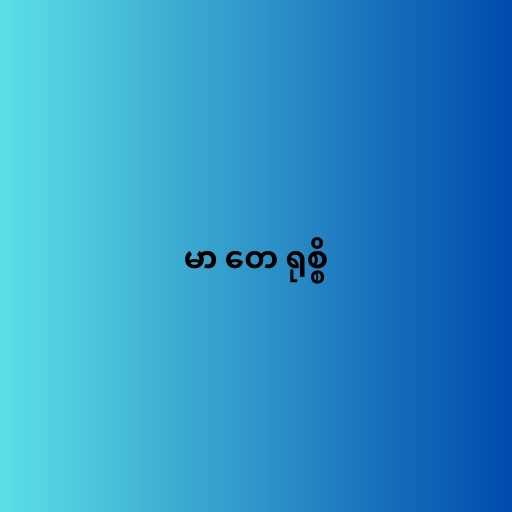
မာ တေ ရုစ္စိ